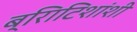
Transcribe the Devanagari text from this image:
ब्रिाटिशांशी